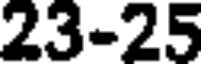
23-25